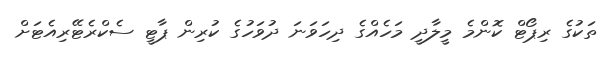
ތަކުގެ ރިޕޯޓް ކޮންމެ މީލާދީ މަހެއްގެ ދިހަވަނަ ދުވަހުގެ ކުރިން ޕާޓީ ސެކްރެޓޭރިއެޓަށް